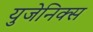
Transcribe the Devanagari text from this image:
युजेनिक्स